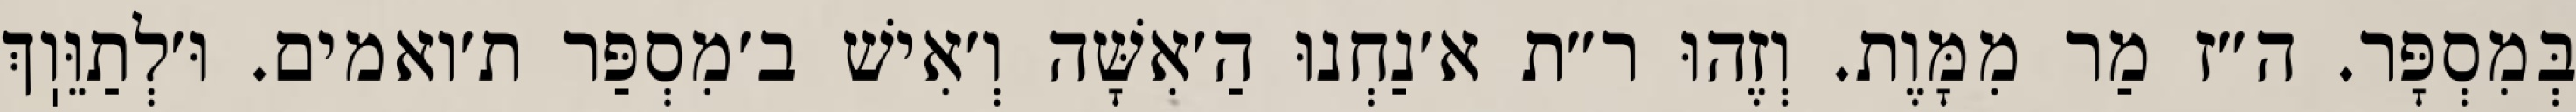
בְּמִסְפָּר. ה״ז מַר מִמָּוֶת. וְזֶהוּ ר״ת א׳נַחְנוּ הַ׳אִשָּׁה וְ׳אִישׁ ב׳מִסְפַּר ת׳ואמים. וּ׳לְתַוֵּוֽךְ